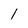
Character: 1